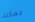
يمكنك